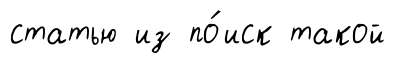
статью из по́иск такой